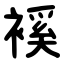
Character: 䙎